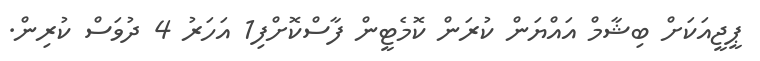
ޕީޖީއަކަށް ބިޝާމް އައްޔަން ކުރަން ކޮމެޓީން ފާސްކޮށްފި1 އަހަރު 4 ދުވަސް ކުރިން.